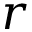
r